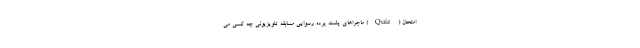
امتحان (Quiz) ماجراهای پشت پرده رسوایی مسابقه تلویزیونی چه کسی می